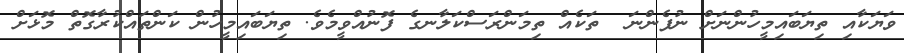
ވަޔަކާއި ތިޔަބައިމީހުންނަށް ނުފެންނަ  ތަކެއް ތިމަންރަސްކަލާނގެ ފޮނުއްވީމެވެ. ތިޔަބައިމީހުން ކަންތައްކުރާގޮތް މޮޅަށް